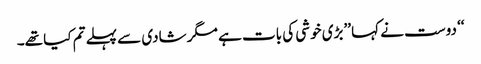
‘‘ دوست نے کہا ’’بڑی خوشی کی بات ہے مگر شادی سے پہلے تم کیا تھے۔